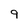
Character: 9